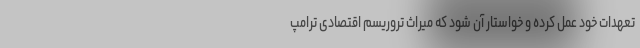
تعهدات خود عمل کرده و خواستار آن شود که میراث تروریسم اقتصادی ترامپ